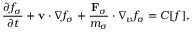
\frac { \partial f _ { \sigma } } { \partial t } + { \bf v } \cdot \nabla f _ { \sigma } + \frac { { \bf F } _ { \sigma } } { m _ { \sigma } } \cdot \nabla _ { v } f _ { \sigma } = C [ f ] ,